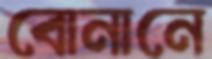
বোনানে